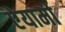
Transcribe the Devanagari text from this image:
ऐयामी